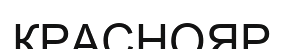
КРАСНОЯР